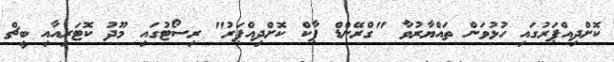
ކޮށްދިއްޕަރުގައި ހުޅުވަން ތައްޔާރުވާ "ގްރޭންޑް ޕާކް ކޮށްދިއްޕަރު" ރިސޯޓުގައި މޫދު ކޮޓަރިއާއި ބީޗް